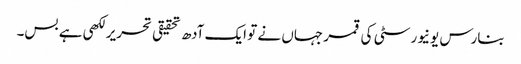
بنارس یونیورسٹی کی قمر جہاں نے تو ایک آدھ تحقیقی تحریر لکھی ہے بس۔